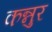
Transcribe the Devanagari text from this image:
कन्नुर